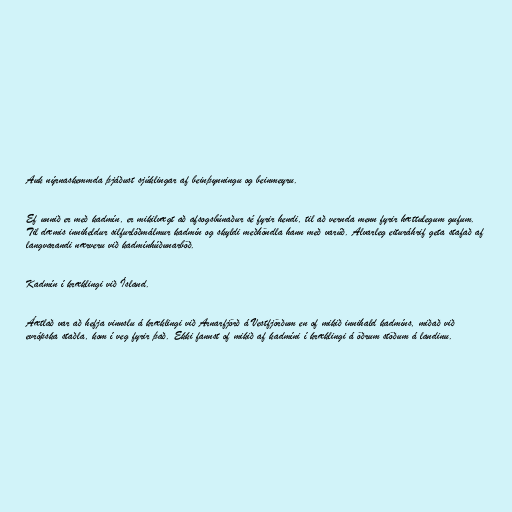
Auk nýrnaskemmda þjáðust sjúklingar af beinþynningu og beinmeyru.

Ef unnið er með kadmín, er mikilvægt að afsogsbúnaður sé fyrir hendi, til að vernda menn fyrir hættulegum gufum.
Til dæmis inniheldur silfurlóðmálmur kadmín og skyldi meðhöndla hann með varúð. Alvarleg eituráhrif geta stafað af
langvarandi nærveru við kadmínhúðunarböð.

Kadmín í kræklingi við Ísland.

Áætlað var að hefja vinnslu á kræklingi við Arnarfjörð á Vestfjörðum en of mikið innihald kadmíns, miðað við
evrópska staðla, kom í veg fyrir það. Ekki fannst of mikið af kadmíni í kræklingi á öðrum stöðum á landinu.